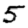
Digit: 5